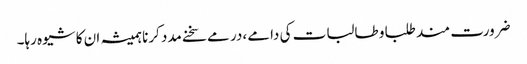
ضرورت مند طلبا و طالبات کی دامے ،در مے سخنے مدد کرنا ہمیشہ ان کا شیوہ رہا۔